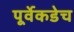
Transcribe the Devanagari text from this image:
पूर्वेकडेच